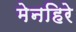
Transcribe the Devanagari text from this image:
मेनहिरे